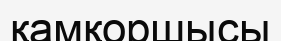
қамқоршысы